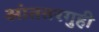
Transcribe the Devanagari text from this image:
आंततरगुही